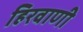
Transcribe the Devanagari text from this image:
हिरवाणी